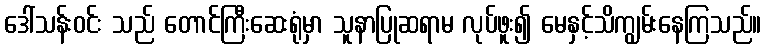
ဒေါ်သန်းဝင်း သည် တောင်ကြီးဆေးရုံမှာ သူနာပြုဆရာမ လုပ်ဖူး၍ မေနှင့်သိကျွမ်းနေကြသည်။